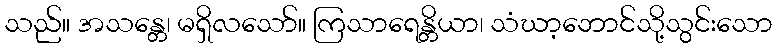
သည်။ အသန္တေ၊ မရှိလသော်။ ကြသာရေန္တိယာ၊ သံဃာ့ဘောင်သို့သွင်းသော